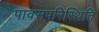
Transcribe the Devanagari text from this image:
पावसपरिस्थिति